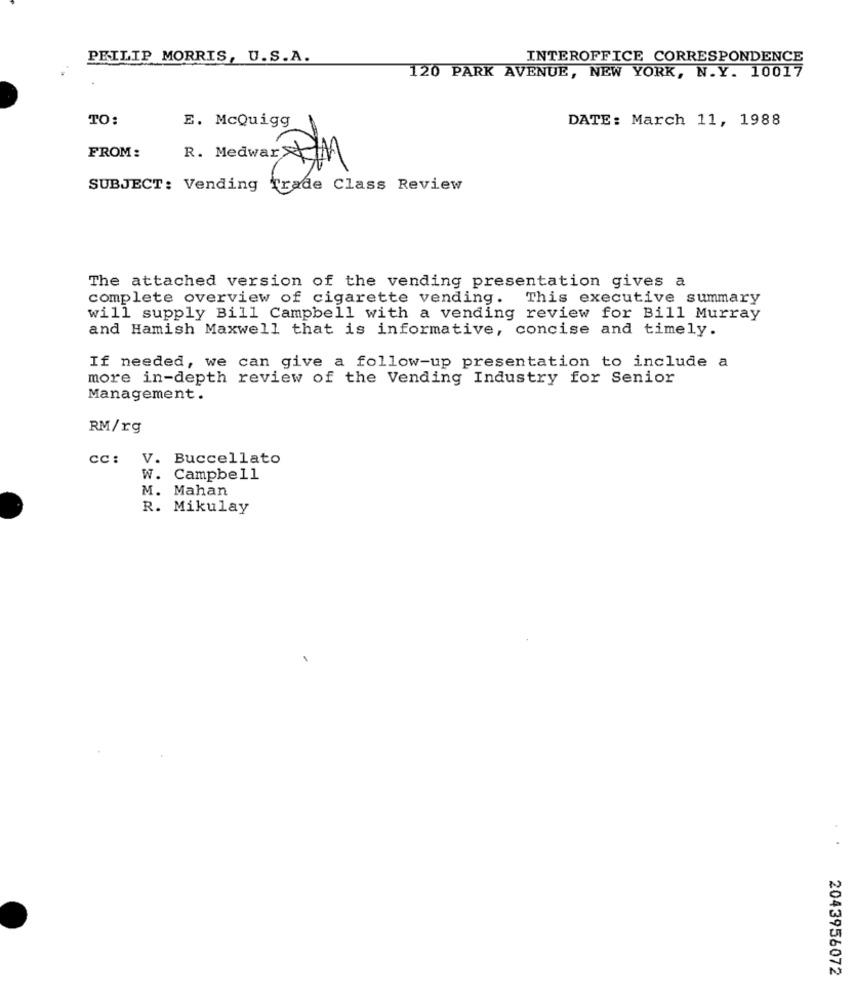
PEILIP MORRIS, U.S.A.
INTEROFFICE CORRESPONDENCE
120 PARK AVENUE, NEW YORK, N.Y. 10017
TO:
DATE: March 11, 1988
E. McQuigg
FROM:
R. Medwar UM
SUBJECT: Vending Trade Class Review
The attached version of the vending presentation gives a
complete overview of cigarette vending. This executive summary
will supply Bill Campbell with a vending review for Bill Murray
and Hamish Maxwell that is informative, concise and timely.
If needed, we can give a follow-up presentation to include a
more in-depth review of the Vending Industry for Senior
Management.
RM/rg
cc: V. Buccellato
W. Campbell
M. Mahan
R. Mikulay
2043956072